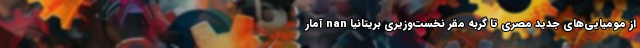
از مومیایی‌های جدید مصری تا گربه مقر نخست‌وزیری بریتانیا nan آمار